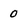
Character: 0